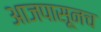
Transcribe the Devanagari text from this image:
आजपासूनच